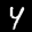
Label: 4